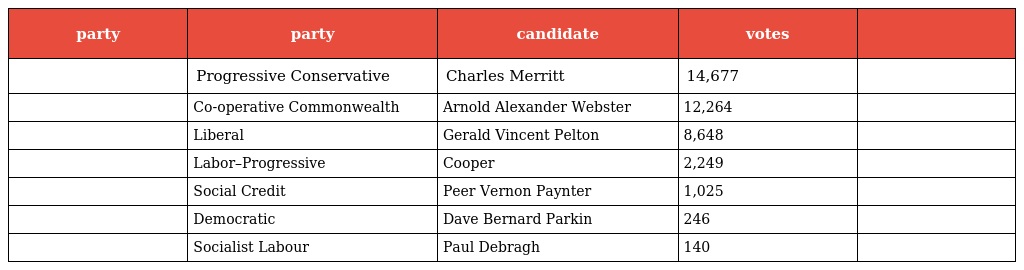
| party | party | candidate | votes |  |
 | --- | --- | --- | --- | --- |
 |  | Progressive Conservative | Charles Merritt | 14,677 |  |
 |  | Co-operative Commonwealth | Arnold Alexander Webster | 12,264 |  |
 |  | Liberal | Gerald Vincent Pelton | 8,648 |  |
 |  | Labor–Progressive | Cooper | 2,249 |  |
 |  | Social Credit | Peer Vernon Paynter | 1,025 |  |
 |  | Democratic | Dave Bernard Parkin | 246 |  |
 |  | Socialist Labour | Paul Debragh | 140 |  |